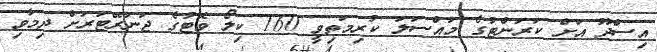
އިސްދޫ އަށް ކަރަންޓުގެ މައްސަލަ ކުރިމަތިވީ 160 ކިލޯ ވޮޓުގެ ޖަނަރޭޓަރަށް ދިމާވި